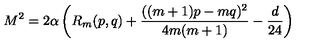
M ^ { 2 } = 2 \alpha \left( R _ { m } ( p , q ) + { \frac { ( ( m + 1 ) p - m q ) ^ { 2 } } { 4 m ( m + 1 ) } } - { \frac { d } { 2 4 } } \right)